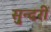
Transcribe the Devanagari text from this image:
सु्न्दरी